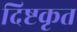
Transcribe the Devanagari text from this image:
दिष्टकृत